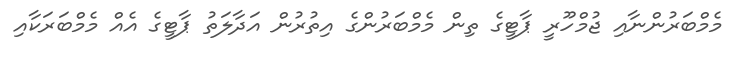
މެމްބަރުންނާއި ޖުމްހޫރީ ޕާޓީގެ ތިން މެމްބަރުންގެ އިތުރުން އަދާލަތު ޕާޓީގެ އެއް މެމްބަރަކާއި